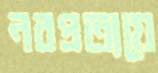
নবপ্রত্যয়ে